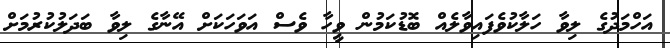
އަހްމަދުގެ ލިވާ ހަލާކުވެފައިވާލެއް ބޮޑުކަމުން ވީހާ ވެސް އަވަހަކަށް އޭނާގެ ލިވާ ބަދަލުކުރުމަށް